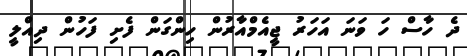
ދެ ހާސް ހަ ވަނަ އަހަރު ޖީއެމްއާރުން ހިންގަން ފެށި ފަހުން ދިއްލީ